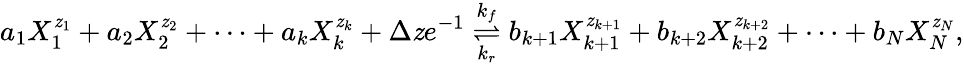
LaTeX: a_{1}X_{1}^{\mathit{z}_{1}}+a_{2}X_{2}^{\mathit{z}_{2}}+\cdots+a_{k}X_{k}^{\mathit{z}_{k}}+\Delta\mathit{z}e^{-1}\overset{k_{f}}{\underset{k_{r}}{\rightleftharpoons}}b_{k+1}X_{k+1}^{\mathit{z}_{k+1}}+b_{k+2}X_{k+2}^{\mathit{z}_{k+2}}+\cdots+b_{N}X_{N}^{\mathit{z}_{N}},